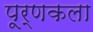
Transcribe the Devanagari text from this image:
पूर्णकला